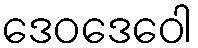
ဒေဝဒေဝေါ